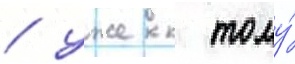
/ уже к тому́